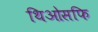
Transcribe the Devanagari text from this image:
थिओसफि